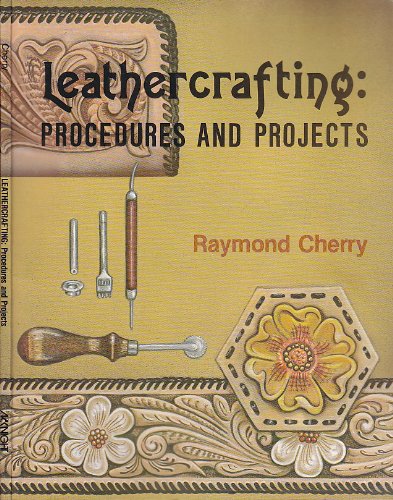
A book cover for Leathercrafting: Procedures and projects; Raymond Cherry; Crafts, Hobbies & Home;